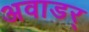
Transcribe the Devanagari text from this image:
अवाडर्